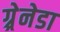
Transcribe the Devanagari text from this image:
ग्र्रेनेडा